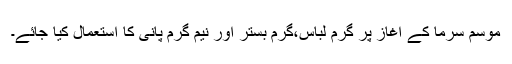
موسم سرما کے آغاز پر گرم لباس،گرم بستر اور نیم گرم پانی کا استعمال کیا جائے۔